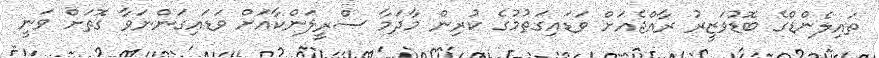
ތައިލެންޑްގެ ބޮޑުވަޒީރު ރާއްޖެއަށް ވަޑައިގަތުމުގެ ކުރިން މާދަމާ ސްރީލަންކާއަށް ވަޑައިގަންނަވާ ގޮތަށް ވަނީ